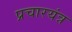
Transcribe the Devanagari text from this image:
प्रचारयंत्र